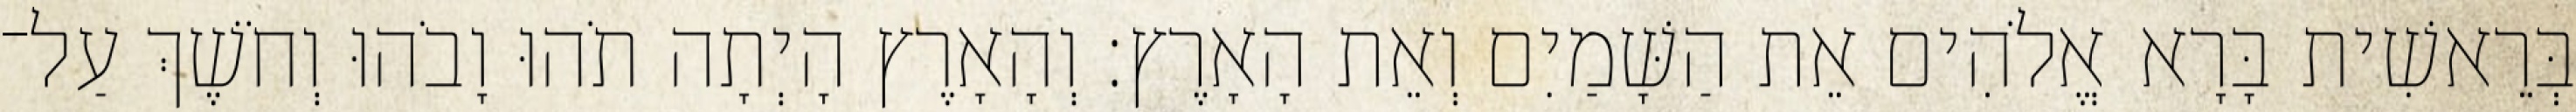
בְּרֵאשִׁית בָּרָא אֱלֹהִים אֵת הַשָּׁמַיִם וְאֵת הָאָרֶץ׃ וְהָאָרֶץ הָיְתָה תֹהוּ וָבֹהוּ וְחֹשֶׁךְ עַל־